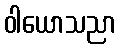
ဝါယောသညာ